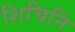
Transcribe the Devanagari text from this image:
शिचिनिं